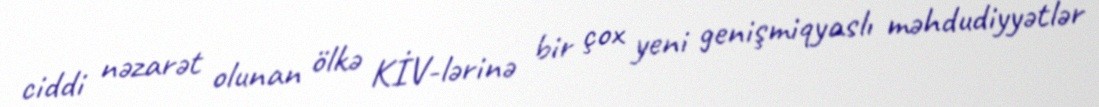
ciddi nəzarət olunan ölkə KİV-lərinə bir çox yeni genişmiqyaslı məhdudiyyətlər